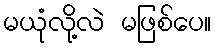
မယုံလို့လဲ မဖြစ်ပေ။